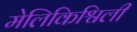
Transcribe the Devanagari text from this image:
मेलिकिश्विली